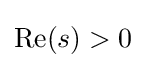
{\textstyle \operatorname {Re} (s)>0}